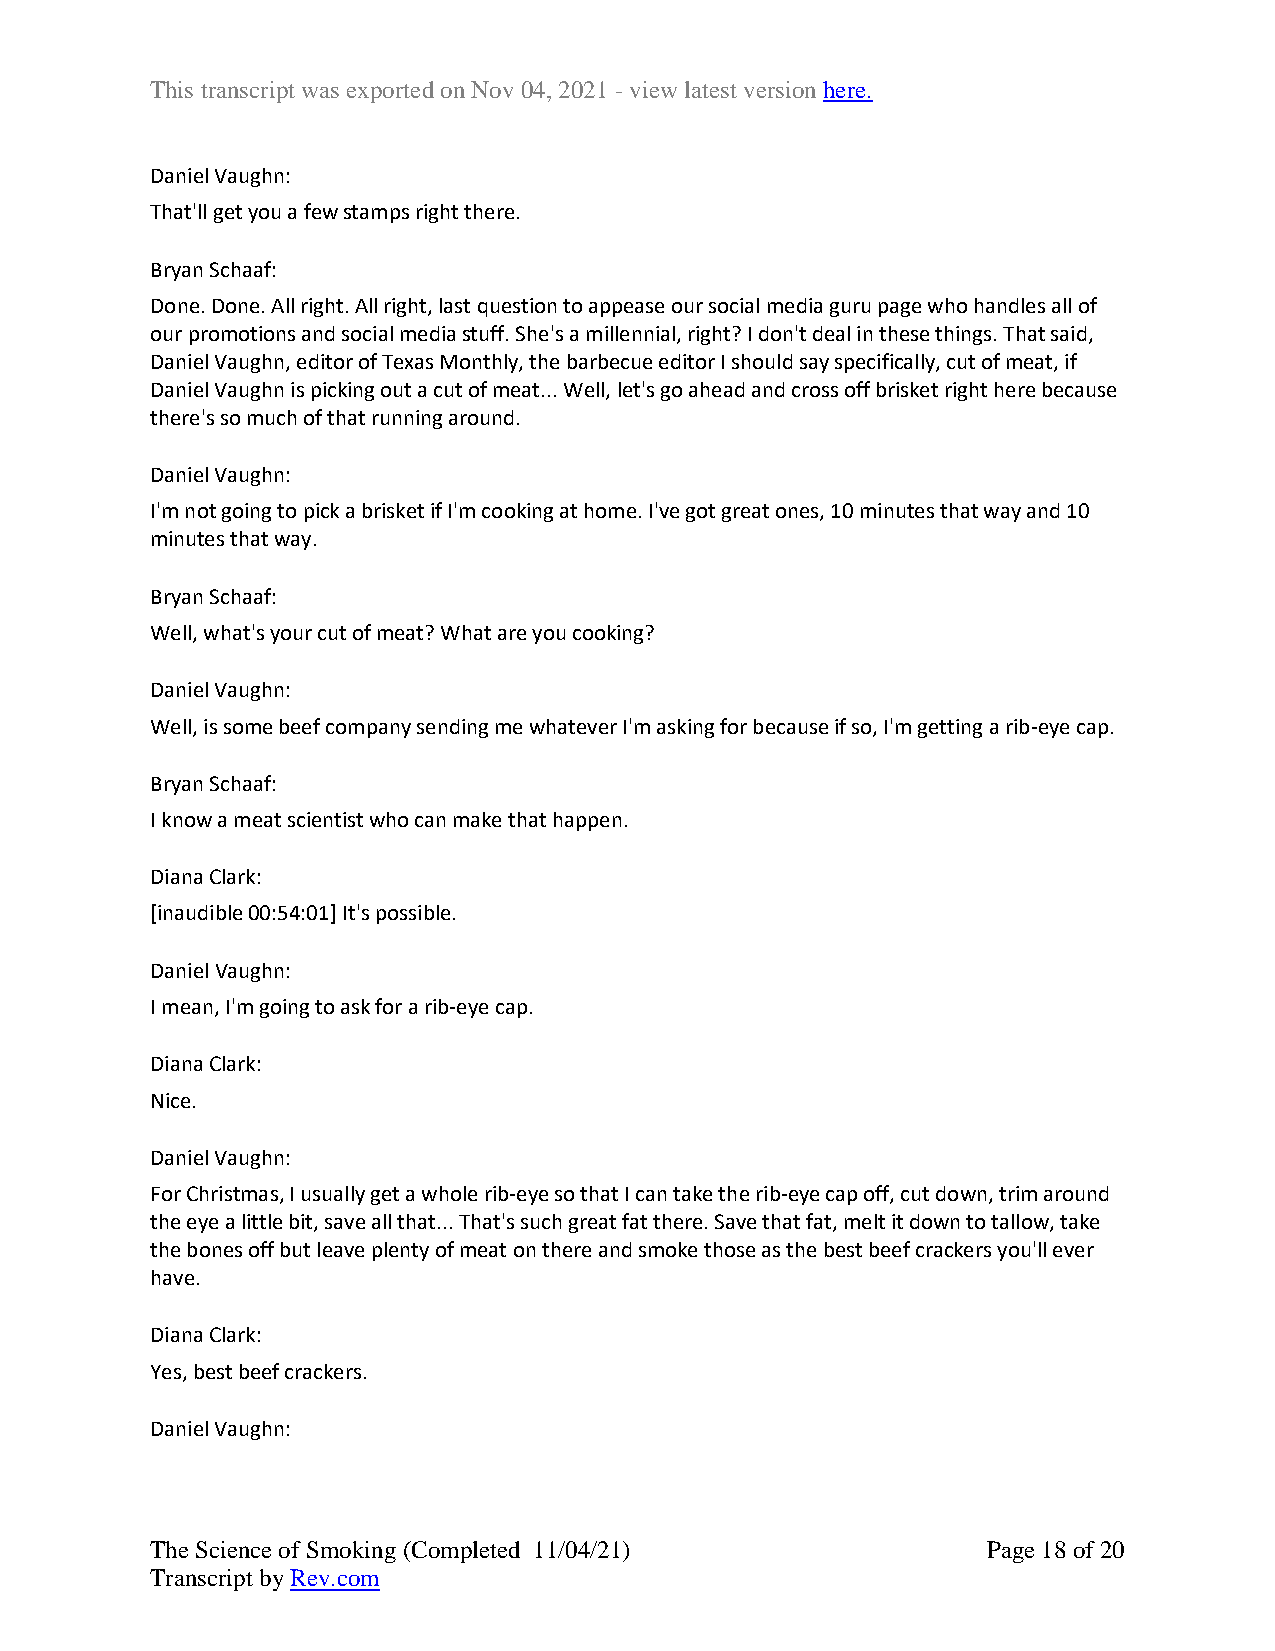
This transcript was exported on Nov 04, 2021 - view latest version here.
 Daniel Vaughn:
 That'll get you a few stamps right there.
 Bryan Schaaf:
 Done. Done. All right. All right, last question to appease our social media guru page who handles all of
 our promotions and social media stuff. She's a millennial, right? I don't deal in these things. That said,
 Daniel Vaughn, editor of Texas Monthly, the barbecue editor I should say specifically, cut of meat, if
 Daniel Vaughn is picking out a cut of meat... Well, let's go ahead and cross off brisket right here because
 there's so much of that running around.
 Daniel Vaughn:
 I'm not going to pick a brisket if I'm cooking at home. I've got great ones, 10 minutes that way and 10
 minutes that way.
 Bryan Schaaf:
 Well, what's your cut of meat? What are you cooking?
 Daniel Vaughn:
 Well, is some beef company sending me whatever I'm asking for because if so, I'm getting a rib-eye cap.
 Bryan Schaaf:
 I know a meat scientist who can make that happen.
 Diana Clark:
 [inaudible 00:54:01] It's possible.
 Daniel Vaughn:
 I mean, I'm going to ask for a rib-eye cap.
 Diana Clark:
 Nice.
 Daniel Vaughn:
 For Christmas, I usually get a whole rib-eye so that I can take the rib-eye cap off, cut down, trim around
 the eye a little bit, save all that... That's such great fat there. Save that fat, melt it down to tallow, take
 the bones off but leave plenty of meat on there and smoke those as the best beef crackers you'll ever
 have.
 Diana Clark:
 Yes, best beef crackers.
 Daniel Vaughn:
 The Science of Smoking (Completed 11/04/21)            Page 18 of 20
 Transcript by Rev.com